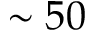
\sim 5 0